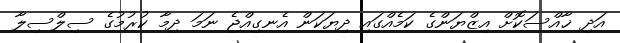
އަދި ޚާއްސަކޮށް އިޒްޔަންގެ ކަމެއްގައި ދިޔަކަން އެނގިއްޖެ ނަމަ ދިމާ ކުރުމުގެ ސިލްސިލާ